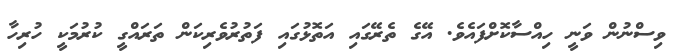
ވިސްނުން ވަނީ ހިއްސާކޮށްފައެވެ. އޭގެ ތެރޭގައި އަތޮޅުގައި ފަތުރުވެރިކަން ތަރައްގީ ކުރުމަކީ ހުރިހާ